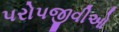
પરોપજીવીઓ